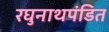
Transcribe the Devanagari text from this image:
रघुनाथपंडित